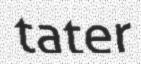
tater